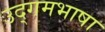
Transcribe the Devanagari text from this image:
उद्गमभाषा